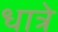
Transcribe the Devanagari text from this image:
धात्रे